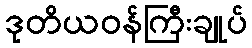
ဒုတိယဝန်ကြီးချုပ်